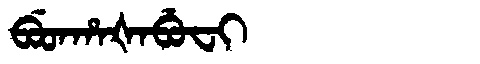
Manchu: ᠪᡠᡨᡥᠠᡧᠠᠪᡠᠸᡳ
Romanization: BUTHAŠABUFI